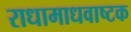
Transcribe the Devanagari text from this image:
राधामाधवाष्टक